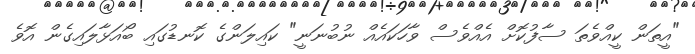
"އީތަން ކީއްވެތަ ސާފުކޮށް އެއްވެސް ވާހަކައެއް ނުބުނަނީ" ކައިލަންގެ ކޮނޑުގައި ބޯއަޅާލައިގެން އޮވެ